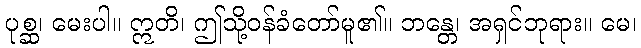
ပုစ္ဆ၊ မေးပါ။ ဣတိ၊ ဤသို့ဝန်ခံတော်မူ၏။ ဘန္တေ၊ အရှင်ဘုရား။ မေ၊